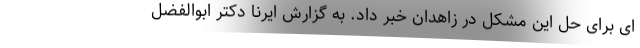
ای برای حل این مشکل در زاهدان خبر داد. به گزارش ایرنا دکتر ابوالفضل